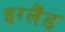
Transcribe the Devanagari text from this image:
इग्‍लैंड